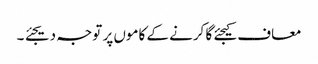
معاف کیجئے گا کرنے کے کاموں پر توجہ دیجئے ۔